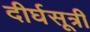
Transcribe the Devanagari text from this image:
दीर्घसूत्री